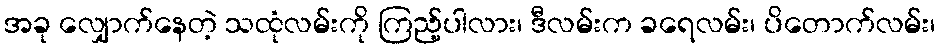
အခု လျှောက်နေတဲ့ သထုံလမ်းကို ကြည့်ပါလား၊ ဒီလမ်းက ခရေလမ်း၊ ပိတောက်လမ်း၊